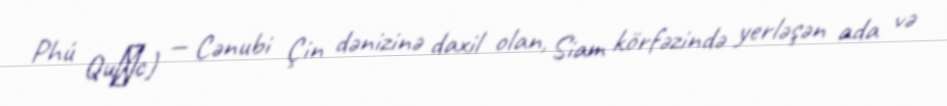
Phú Quốc) — Cənubi Çin dənizinə daxil olan, Siam körfəzində yerləşən ada və